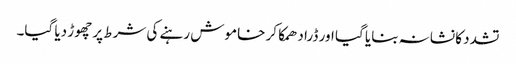
تشدد کا نشانہ بنایا گیا اور ڈرا دھمکا کر خاموش رہنے کی شرط پر چھوڑ دیا گیا۔